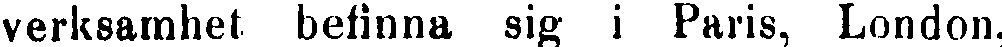
verksamhet befinna sig i Paris, London,